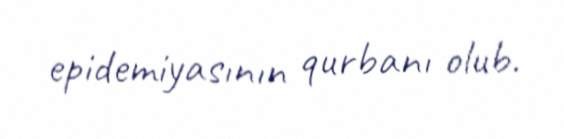
epidemiyasının qurbanı olub.